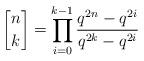
LaTeX: \begin{align*}{n\brack k}=\prod_{i=0}^{k-1}\frac{q^{2n}-q^{2i}}{q^{2k}-q^{2i}}\end{align*}